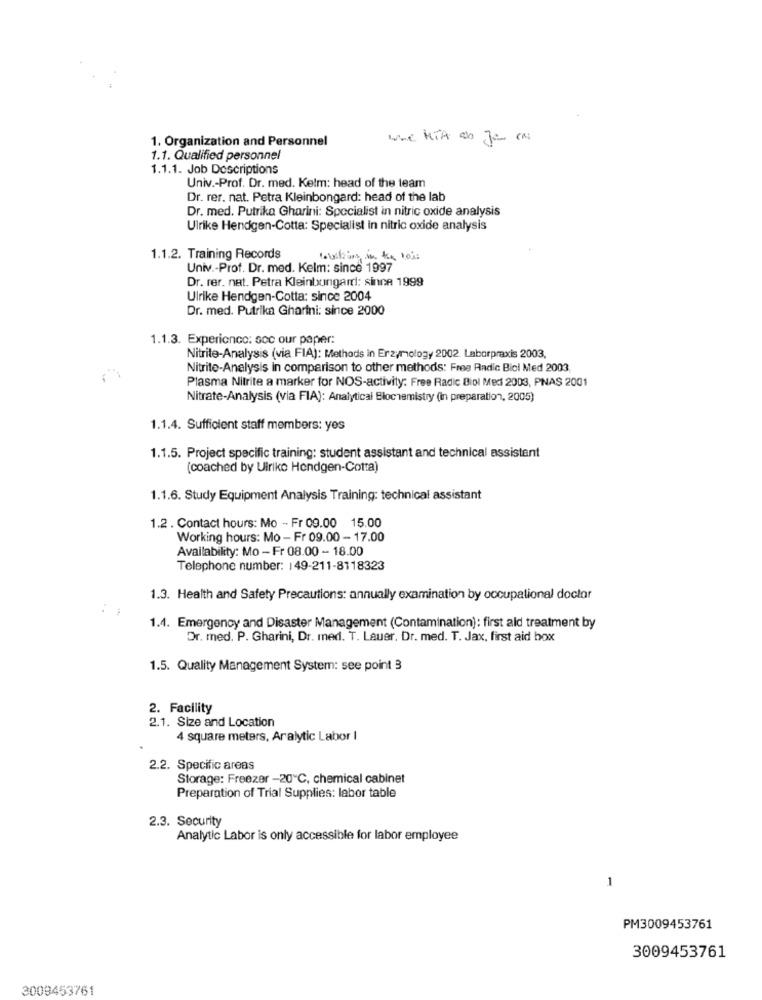
1. Organization and Personnel
1.1. Qualified personnel
1.1.1. Job Descriptions
Univ .- Prof. Dr. med. Kelm: head of the team
Dr. rer. nat. Petra Kleinbongard: head of the lab
Dr. med. Putrika Gharini: Specialist in nitric oxide analysis
Ulrike Hendgen-Cotta: Specialist in nitric oxide analysis
1.1.2. Training Records
Univ .- Prof. Dr. med. Kelm: since 1997
Dr. rer. nat. Petra Kleinbongard: since 1999
Ulrike Hendgen-Cotta: since 2004
Dr. med. Putrika Gharini: since 2000
1.1.3. Experience: soc our paper:
Nitrite-Analysis (via FIA): Methods in Erzymology 2002. Laborpraxis 2003,
Nitrite-Analysis in comparison to other methods: Free Radic Biol Med 2003,
Plasma Nitrite a marker for NOS-activity: Free Radic Biol Medi 2003, PNAS 2001
Nitrate-Analysis (via FIA): Analytical Blochemistry (in preparation, 2005)
1.1.4. Sufficient staff members: yes
1.1.5. Project specific training: student assistant and technical assistant
(coached by Ulrike Hendgen-Cotta)
1.1.6. Study Equipment Analysis Training: technical assistant
1.2. Contact hours: Mo - Fr 09.00 15.00
Working hours: Mo - Fr 09.00 - 17.00
Availability: Mo - Fr 08.00 - 18.00
Telephone number: 149-211-8118323
1.3. Health and Safety Precautions: annually examination by occupational doctor
1.4. Emergency and Disaster Management (Contamination): first ald treatment by
Dr. med. P. Gharini, Dr. med. T. Lauer. Dr. med. T. Jax, first aid box
1.5. Quality Management System: see point 3
2. Facility
2.1. Size and Location
4 square meters, Aralytic Labor I
2.2. Specific areas
Storage: Freezer -20℃, chemical cabinet
Preparation of Trial Supplies: labor table
2.3. Security
Analytic Labor is only accessible for labor employee
1
PM3009453761
3009453761
3009453761